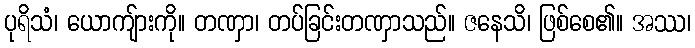
ပုရိသံ၊ ယောကျ်ားကို။ တဏှာ၊ တပ်ခြင်းတဏှာသည်။ ဇနေသိ၊ ဖြစ်စေ၏။ အဿ၊